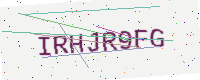
Text: IRHJR9FG